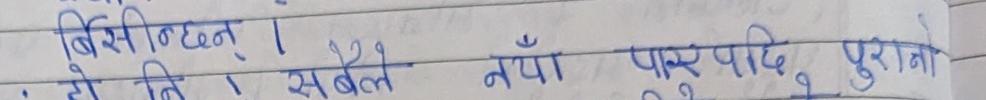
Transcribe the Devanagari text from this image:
बिसिटिछन् । तो ति । सबै नयाँ पुरानो